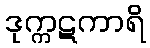
ဒုက္ကဋကာရိ